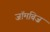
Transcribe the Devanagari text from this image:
जॉमबिज़